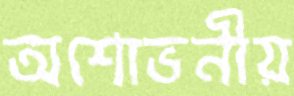
অশোভনীয়